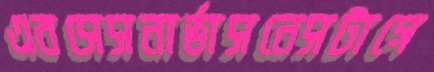
এবসেসনার্ভাসনেসটাগে